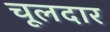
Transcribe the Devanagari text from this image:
चूलदार